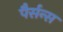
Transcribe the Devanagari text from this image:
पैर्सन्स